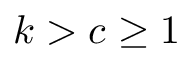
k > c \geq 1